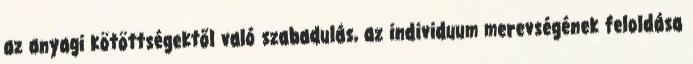
az anyagi kötöttségektől való szabadulás, az individuum merevségének feloldása